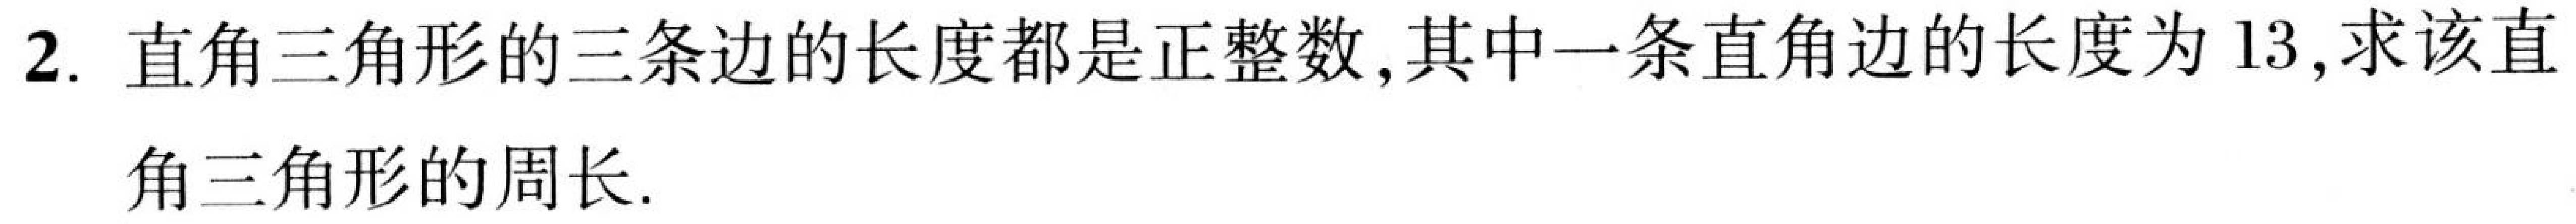
2. 直角三角形的三条边的长度都是正整数,其中一条直角边的长度为\(13\),求该直
角三角形的周长.